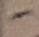
Text: -